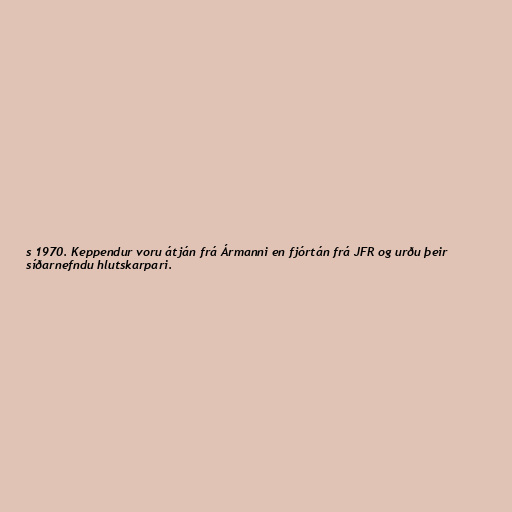
s 1970. Keppendur voru átján frá Ármanni en fjórtán frá JFR og urðu þeir
síðarnefndu hlutskarpari.